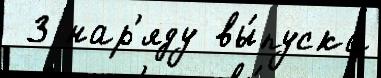
 3 нар'яду вы́пуска